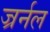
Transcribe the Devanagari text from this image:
ज्रर्नल